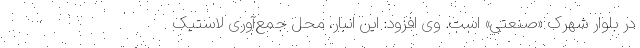
در بلوار شهرک «صنعتی» است. وی افزود: این انبار، محل جمع‌آوری لاستیک